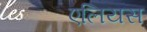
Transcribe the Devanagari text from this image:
एलियस